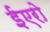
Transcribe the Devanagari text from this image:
ईएरो